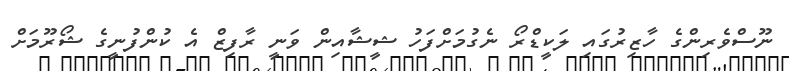
ނޫސްވެރިންގެ ހާޒިރުގައި ލަކީޑްރޯ ނެގުމަށްފަހު ޝީޝާއިން ވަނީ ރާފިޒް އެ ކުންފުނީގެ ޝޯރޫމަށް